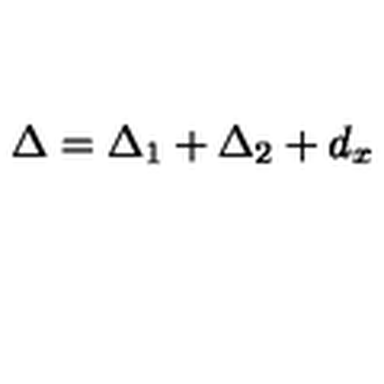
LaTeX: \Delta = \Delta _ { 1 } + \Delta _ { 2 } + d _ { x }